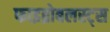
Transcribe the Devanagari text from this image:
फाइब्रोबलस्ट्स